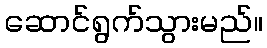
ဆောင်ရွက်သွားမည်။